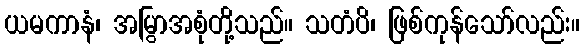
ယမကာနံ၊ အမြွာအစုံတို့သည်။ သတံပိ၊ ဖြစ်ကုန်သော်လည်း။